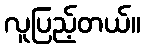
လူပြည့်တယ်။